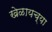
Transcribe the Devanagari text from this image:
खेळायच्या